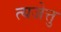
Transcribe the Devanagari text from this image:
त्यजेत्तु